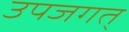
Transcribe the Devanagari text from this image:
उपजगत्